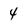
Character: 4